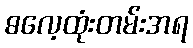
ဓလေ့ထုံးတမ်းအရ